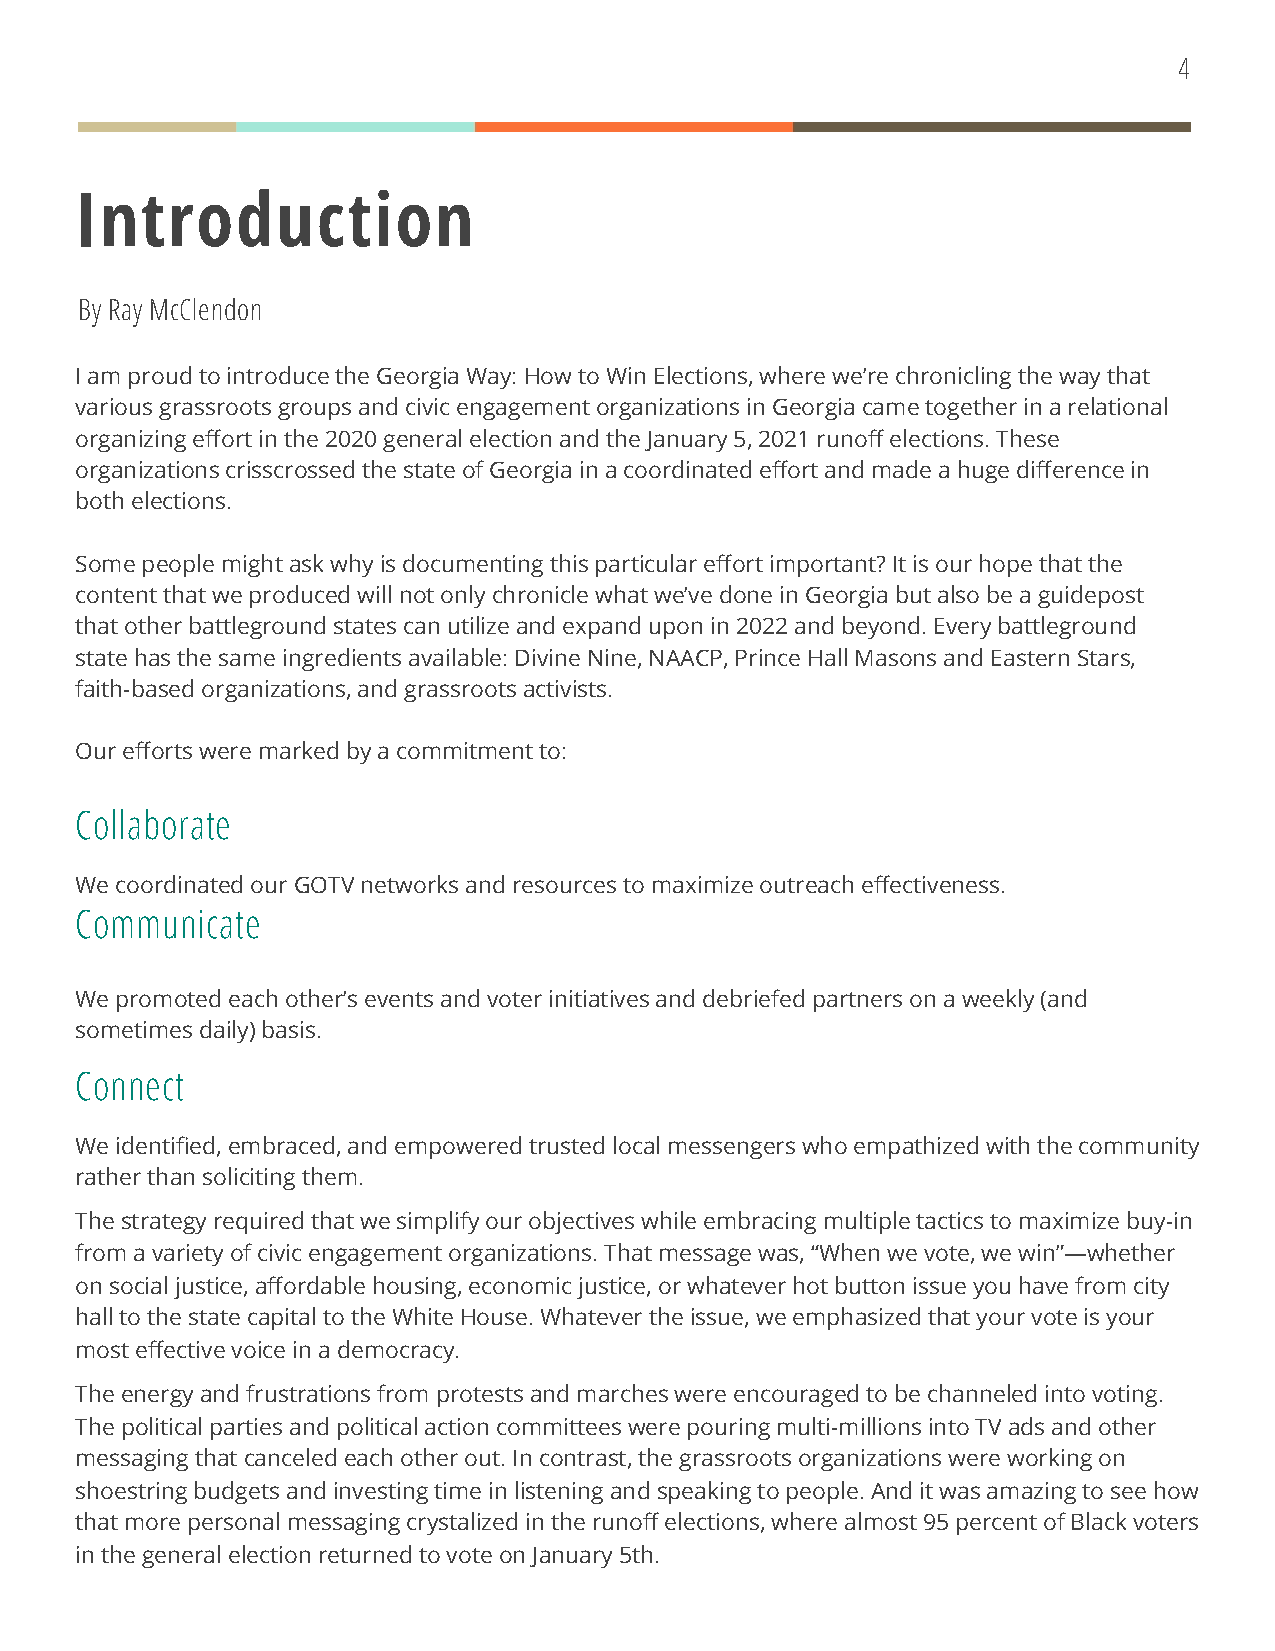
4
 Introduction
 By Ray McClendon
 I am proud to introduce the Georgia Way: How to Win Elections, where we’re chronicling the way that
 various grassroots groups and civic engagement organizations in Georgia came together in a relational
 organizing effort in the 2020 general election and the January 5, 2021 runoff elections. These
 organizations crisscrossed the state of Georgia in a coordinated effort and made a huge difference in
 both elections.
 Some people might ask why is documenting this particular effort important? It is our hope that the
 content that we produced will not only chronicle what we’ve done in Georgia but also be a guidepost
 that other battleground states can utilize and expand upon in 2022 and beyond. Every battleground
 state has the same ingredients available: Divine Nine, NAACP, Prince Hall Masons and Eastern Stars,
 faith-based organizations, and grassroots activists.
 Our efforts were marked by a commitment to:
 Collaborate
 We coordinated our GOTV networks and resources to maximize outreach effectiveness.
 Communicate
 We promoted each other’s events and voter initiatives and debriefed partners on a weekly (and
 sometimes daily) basis.
 Connect
 We identified, embraced, and empowered trusted local messengers who empathized with the community
 rather than soliciting them.
 The strategy required that we simplify our objectives while embracing multiple tactics to maximize buy-in
 from a variety of civic engagement organizations. That message was, “When we vote, we win”—whether
 on social justice, affordable housing, economic justice, or whatever hot button issue you have from city
 hall to the state capital to the White House. Whatever the issue, we emphasized that your vote is your
 most effective voice in a democracy.
 The energy and frustrations from protests and marches were encouraged to be channeled into voting.
 The political parties and political action committees were pouring multi-millions into TV ads and other
 messaging that canceled each other out. In contrast, the grassroots organizations were working on
 shoestring budgets and investing time in listening and speaking to people. And it was amazing to see how
 that more personal messaging crystalized in the runoff elections, where almost 95 percent of Black voters
 in the general election returned to vote on January 5th.